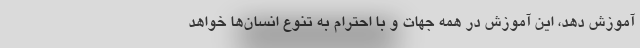
آموزش دهد، این آموزش در همه جهات و با احترام به تنوع انسان‌ها خواهد